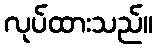
လုပ်ထားသည်။